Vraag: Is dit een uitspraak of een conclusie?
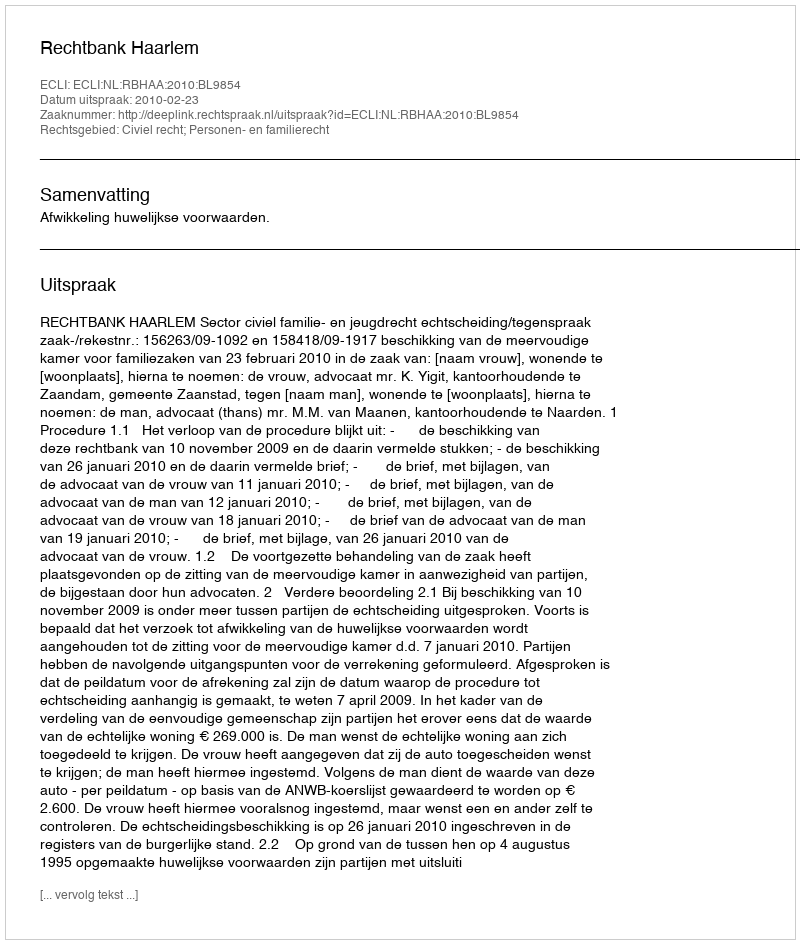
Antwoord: Uitspraak